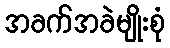
အခက်အခဲမျိုးစုံ